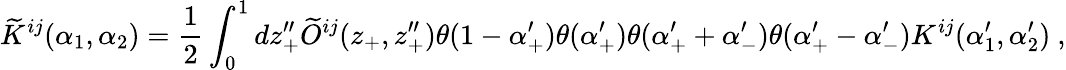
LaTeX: \widetilde{K}^{ij}(\alpha_{1},\alpha_{2})=\frac{1}{2}\int_{0}^{1}dz_{+}^{\prime\prime}\widetilde{O}^{ij}(z_{+},z_{+}^{\prime\prime})\theta(1-\alpha_{+}^{\prime})\theta(\alpha_{+}^{\prime})\theta(\alpha_{+}^{\prime}+\alpha_{-}^{\prime})\theta(\alpha_{+}^{\prime}-\alpha_{-}^{\prime})K^{ij}(\alpha_{1}^{\prime},\alpha_{2}^{\prime})~,